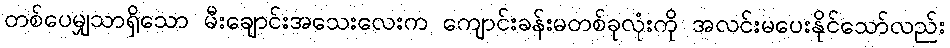
တစ်ပေမျှသာရှိသော မီးချောင်းအသေးလေးက ကျောင်းခန်းမတစ်ခုလုံးကို အလင်းမပေးနိုင်သော်လည်း